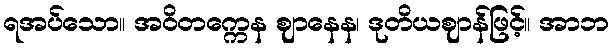
ရအပ်သော။ အဝိတက္ကေန ဈာနေန၊ ဒုတိယဈာန်ဖြင့်။ အာဘ